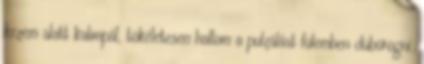
kezem alatt kalimpál, tökéletesen hallom a pulzálást fülemben dübörögni.